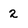
Character: 2